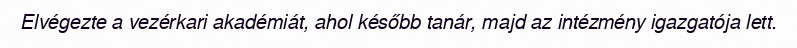
Elvégezte a vezérkari akadémiát, ahol később tanár, majd az intézmény igazgatója lett.